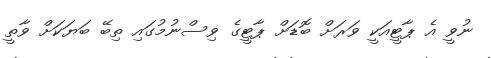
ނުވީ އެ ޕާޓީއަކީ ވަރަށް ބޮޑަށް ޕާޓީގެ ވިސްނުމުގައި ތިބޭ ބަޔަކަށް ވާތީ